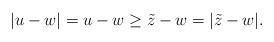
LaTeX: \begin{align*}|u-w| = u-w \geq \tilde{z} - w = |\tilde{z} - w|.\end{align*}